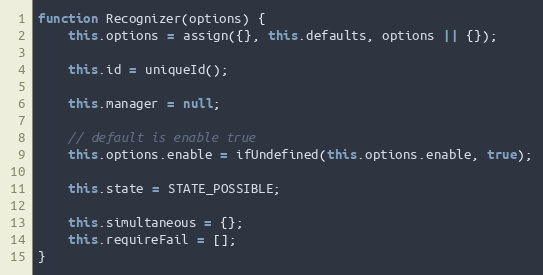
Language: JavaScript
function Recognizer(options) {
    this.options = assign({}, this.defaults, options || {});

    this.id = uniqueId();

    this.manager = null;

    // default is enable true
    this.options.enable = ifUndefined(this.options.enable, true);

    this.state = STATE_POSSIBLE;

    this.simultaneous = {};
    this.requireFail = [];
}